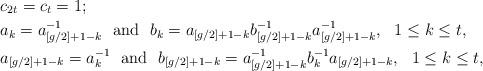
LaTeX: \begin{align*}&c_{2t}=c_t=1; \\&a_k=a_{[g/2]+1-k}^{-1} \ \ \mathrm{and} \ \ b_k=a_{[g/2]+1-k}b_{[g/2]+1-k}^{-1}a_{[g/2]+1-k}^{-1}, \ \ 1\leq k\leq t, \\ & a_{[g/2]+1-k} = a_k^{-1} \ \ \mathrm{and} \ \ b_{[g/2]+1-k} =a_{[g/2]+1-k}^{-1} b_k^{-1} a_{[g/2]+1-k}, \ \ 1\leq k\leq t, \end{align*}